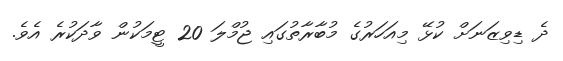
ދެ ޑިވިޒަނަށް ކުޅޭ މިއަހަރުގެ މުބާރާތުގައި ޖުމްލަ 20 ޓީމަކުން ވާދަކުރެ އެވެ.